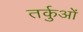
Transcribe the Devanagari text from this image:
तर्कुओं